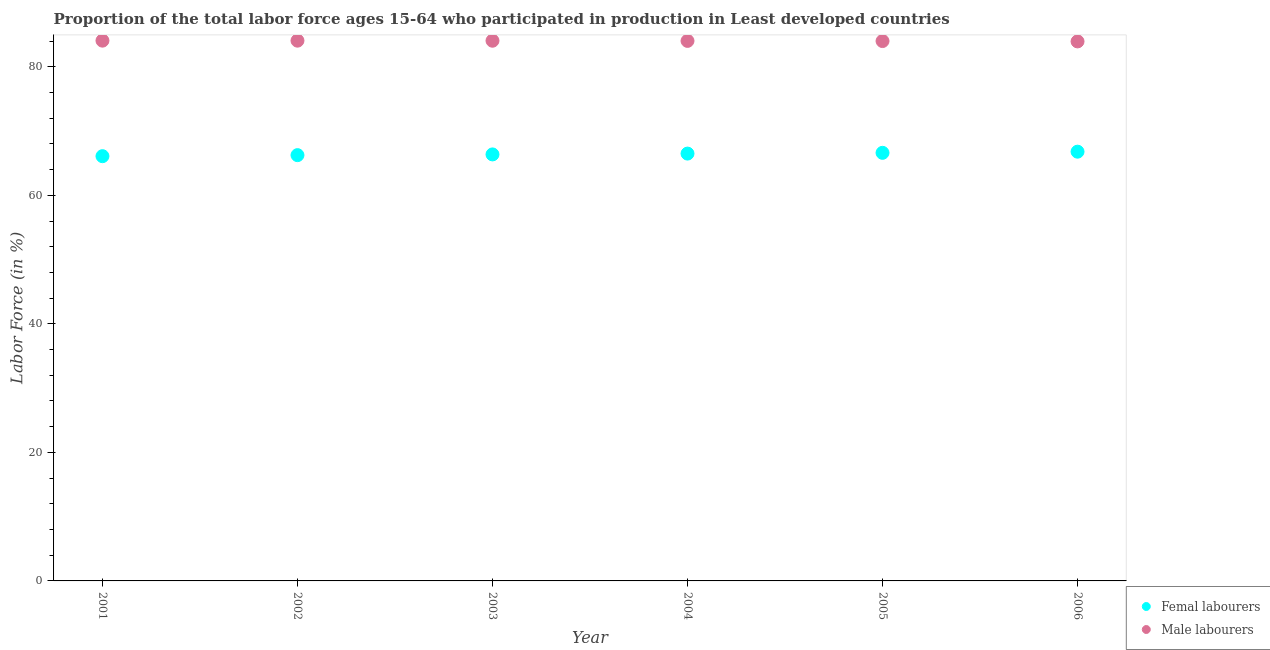
| Year | Femal labourers | Male labourers |
 | --- | --- | --- |
 | 2001 | 66.1 | 84.1 |
 | 2002 | 66.3 | 84.1 |
 | 2003 | 66.4 | 84.1 |
 | 2004 | 66.5 | 84 |
 | 2005 | 66.6 | 84 |
 | 2006 | 66.8 | 84 |